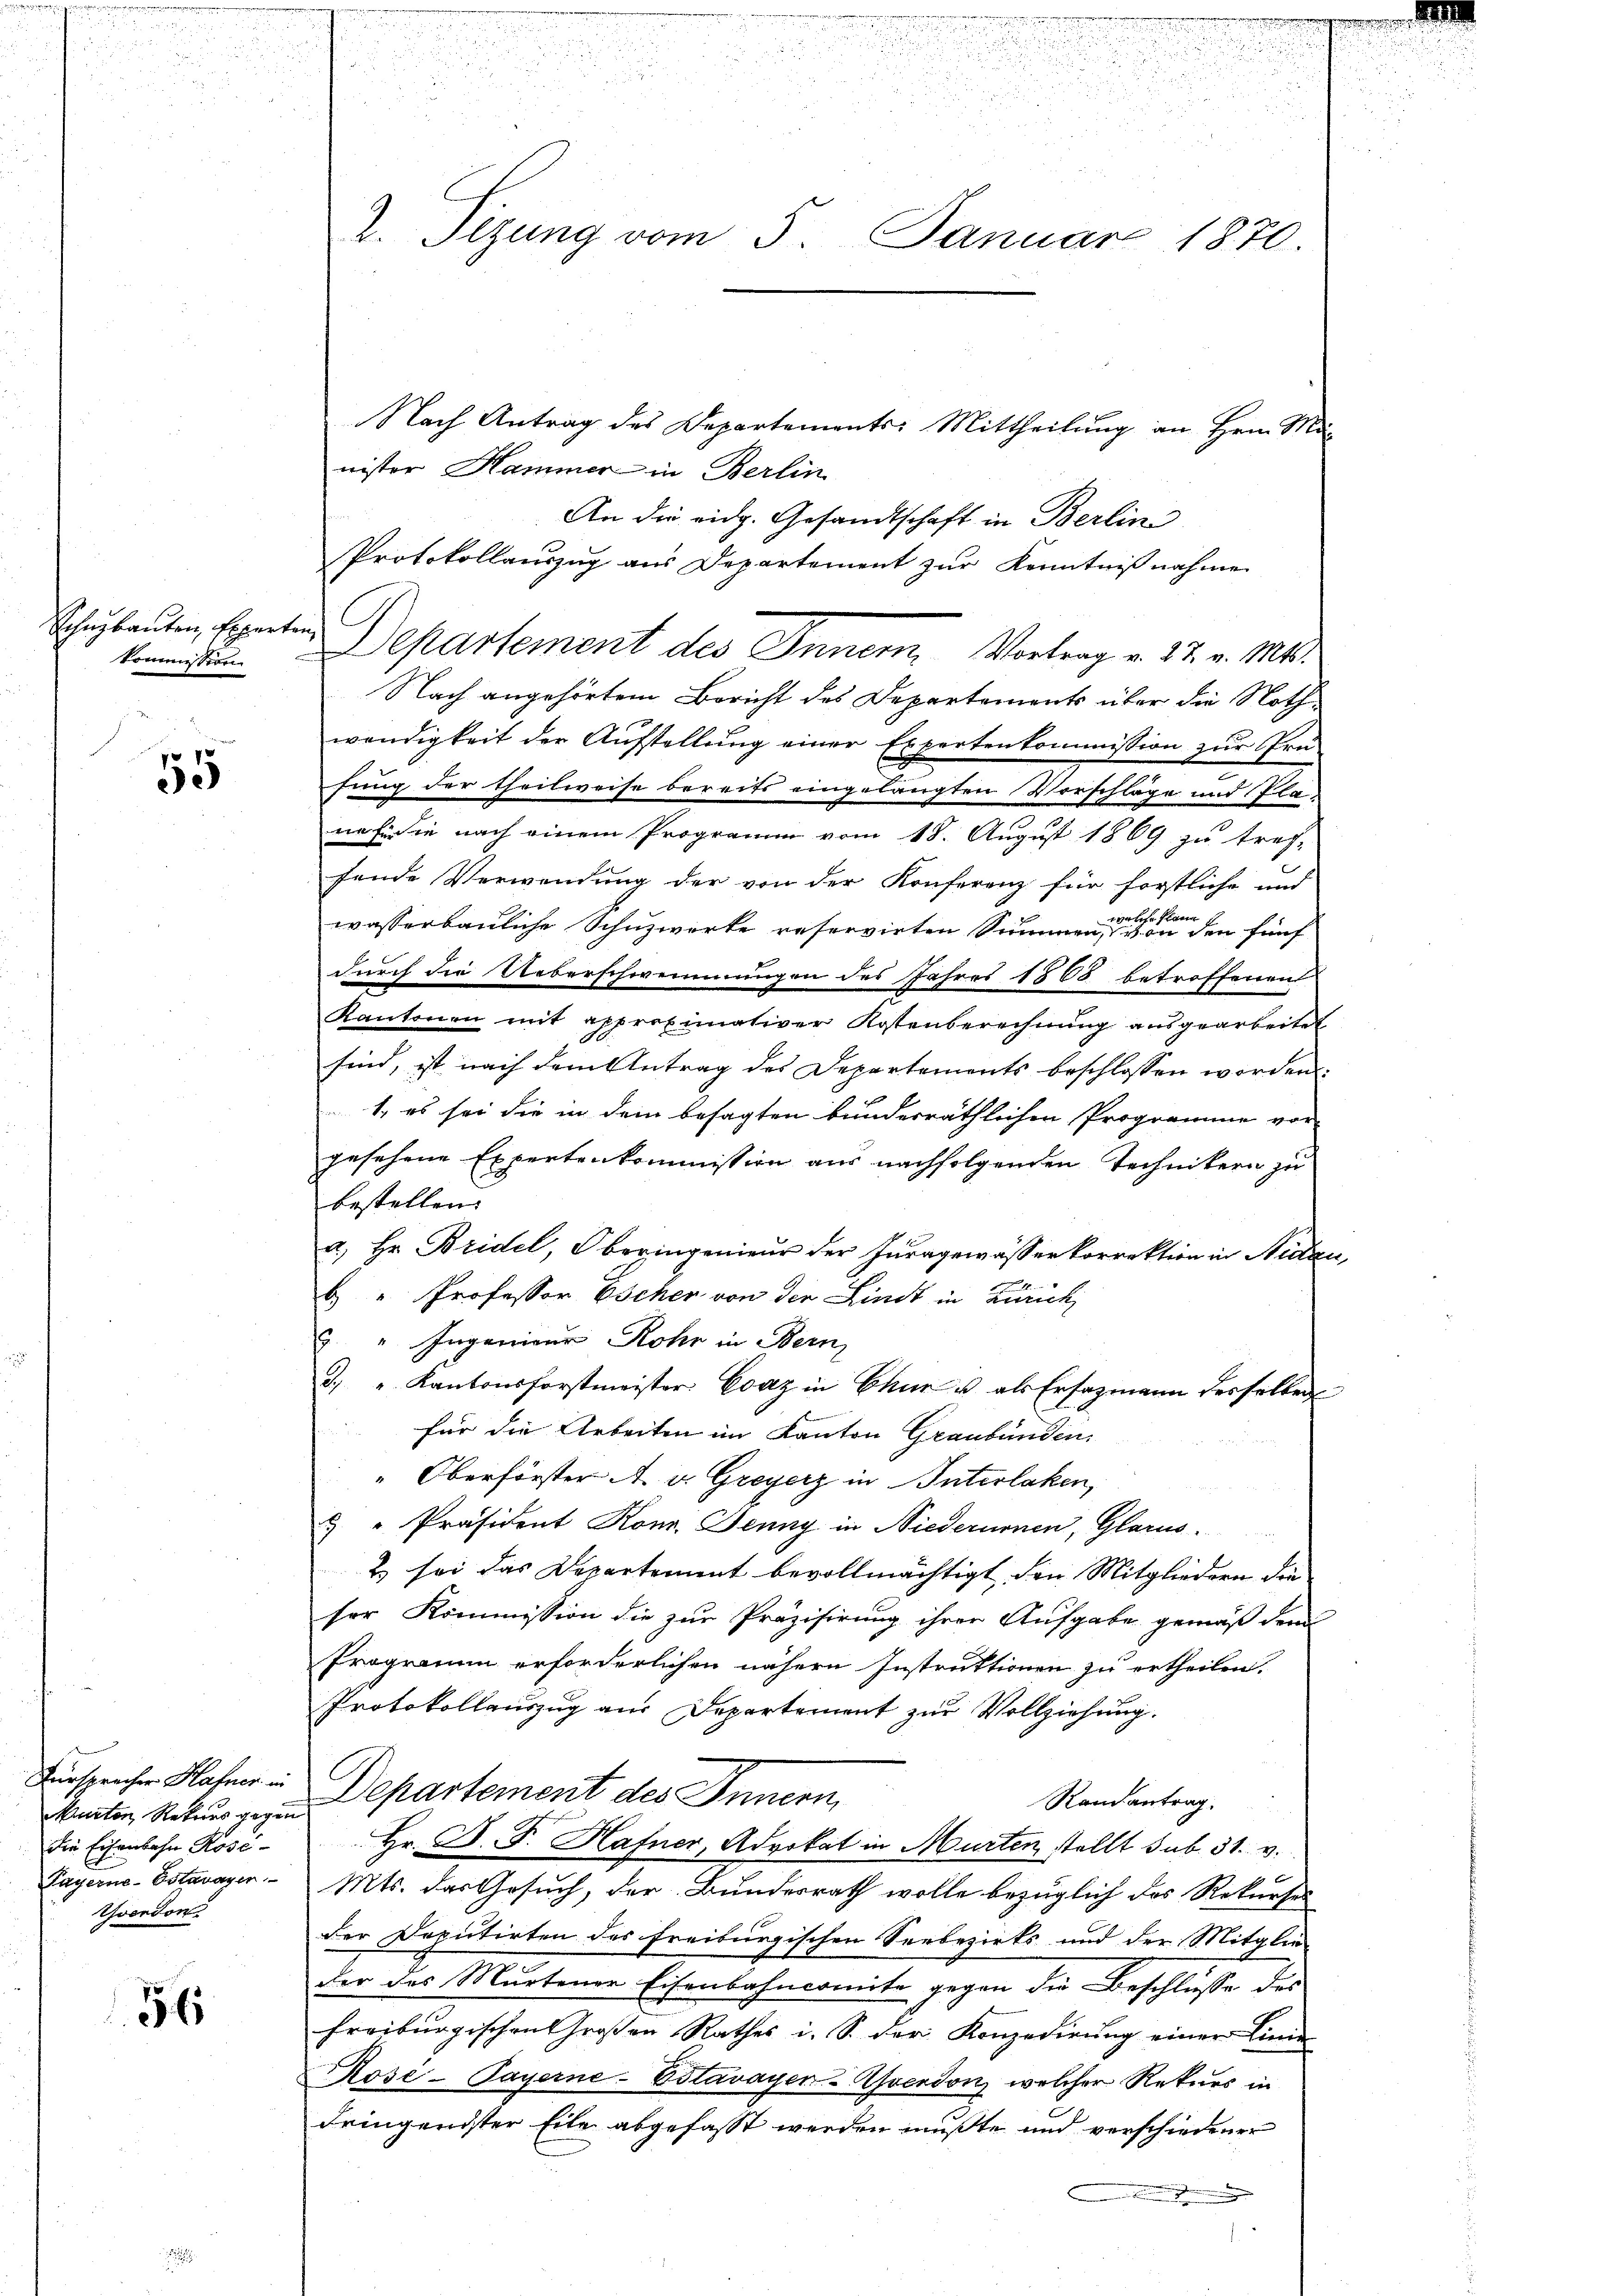
Schuzbauten, Experten
Kommission

8 x
e)

Muertor, Rekrus gegen
die Eisenbahn Rose¬
Yverdon

56

Nach Antrag des Departements-Mittheilung an Hrn. Minister Hammer in Berlin
An die eidg. Gesandtschaft in Berlin
Protokollauszug aus Departement zŭr Kenntniβnahme
Departement des Inner Vortrag v. 22. v. Mts.
Nach angehörtem Bericht des Departements über die Nothwendigkeit der Aŭfstellŭng einer Expertenkommission zŭr Prü-
fung der theilweise bereits eingelangten Vorschläge und Planafer in nach einem Programm vom 18. August 1869 zu tref-
fende Verwendung der von der Konferenz für fortliche und
wasserbauliche Schuzwerke reservirten Summen eine eine bei den fünf
durch die Ueberschwemmungen des Jahres 1868 betroffenen
Kantonen mit approximativer Kostenberechnŭng ausgearbeitet
sind, ist nach dem Antrag des Departements beschlossen worden.
1. es sei die in dem besagten bunderräthlichen Programme vor
gesehene Expertenkommission aus nachfolgenden Technikern zu
bestellen.
a) Hr. Bridel, Oberingenieur der Juragewässerkorrektion in Nidau
b. " Professor Escher von der Lindt in Zürich
8. " Ingenieur Rohr in Bern,
3. " Kantonsforstmeister Evaz in Chur u. als Ersazmann desselben
für die Arbeiten im Kanton Graubünden.
" Oberförster A. v. Greyerz in Interlaken,
5 " Präsident Konn. Jenny in Niederumen, Glarus.
2) sei das Departement bevollmächtigt, den Mitgliedern der
ser Kommission die zur Präzisirung ihrer Aufgabe gemäß dem
Programm erforderlichen nähern Instruktionen zu ertheilen.
Protokollauszug aus Departement zur Vollziehung.
Fürspricher Hafner Departement des Innern
Randantrag.
Hr. P. F. Hafner, Advokat in Murten, stellt sub. 31. v.
Payerne-Estavayer. Mts. das Gesuch, der Bundesrath wolle bezüglich das Rekurses
der Deputirten des Freiburgischen Seebezirks und der Mitglie-
der das Murtener Eisenbahncomite gegen die Beschlusse des
freiburgischen Großen Rathes i. S. der Konzedirung einer Linie
Rose-Payerne-Estavayer-Yverdon, welcher Rekurs in
dringendster Eile abgefasst werden mußte und verschiedener

2. Tizung vom 5. Januar 1870.